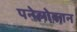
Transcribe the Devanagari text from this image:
पनेलोकान